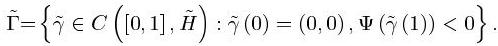
$\tilde{\Gamma}=\left\{\tilde{\gamma} \in C\left([0,1], \tilde{H}\right): \tilde{\gamma}(0)=(0,0), \Psi(\tilde{\gamma}(1))<0\right\}.$